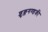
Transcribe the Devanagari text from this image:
शुक्लगण्डकी